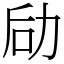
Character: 劶